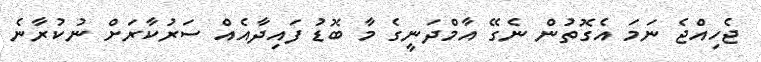
ޖެހިއްޖެ ނަމަ އެގޮތުން ނެގޭ އާމްދަނީގެ މާ ބޮޑު ފައިދާއެއް ސަރުކާރަށް ނުކުރާނެ